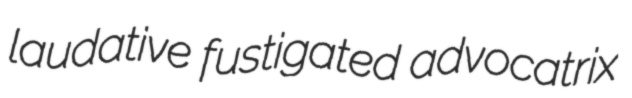
laudative fustigated advocatrix